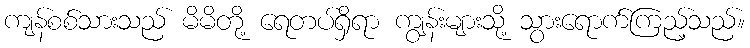
ကျန်စစ်သားသည် မိမိတို့ ရေတပ်ရှိရာ ကျွန်းများသို့ သွားရောက်ကြည့်သည်။